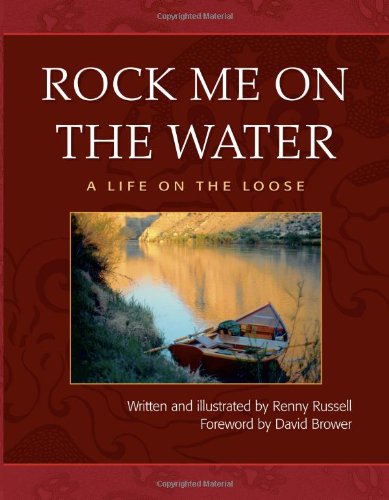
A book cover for Rock Me on the Water: A Life on the Loose; Renny Russell; Travel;